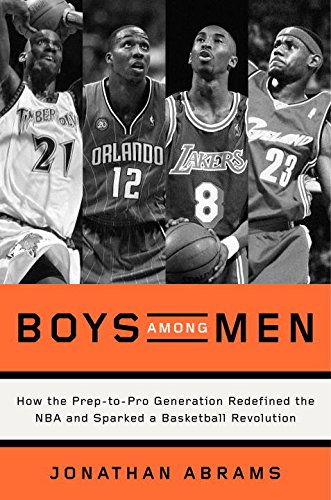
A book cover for Boys Among Men: How the Prep-to-Pro Generation Redefined the NBA and Sparked a Basketball Revolution; Jonathan Abrams; Biographies & Memoirs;